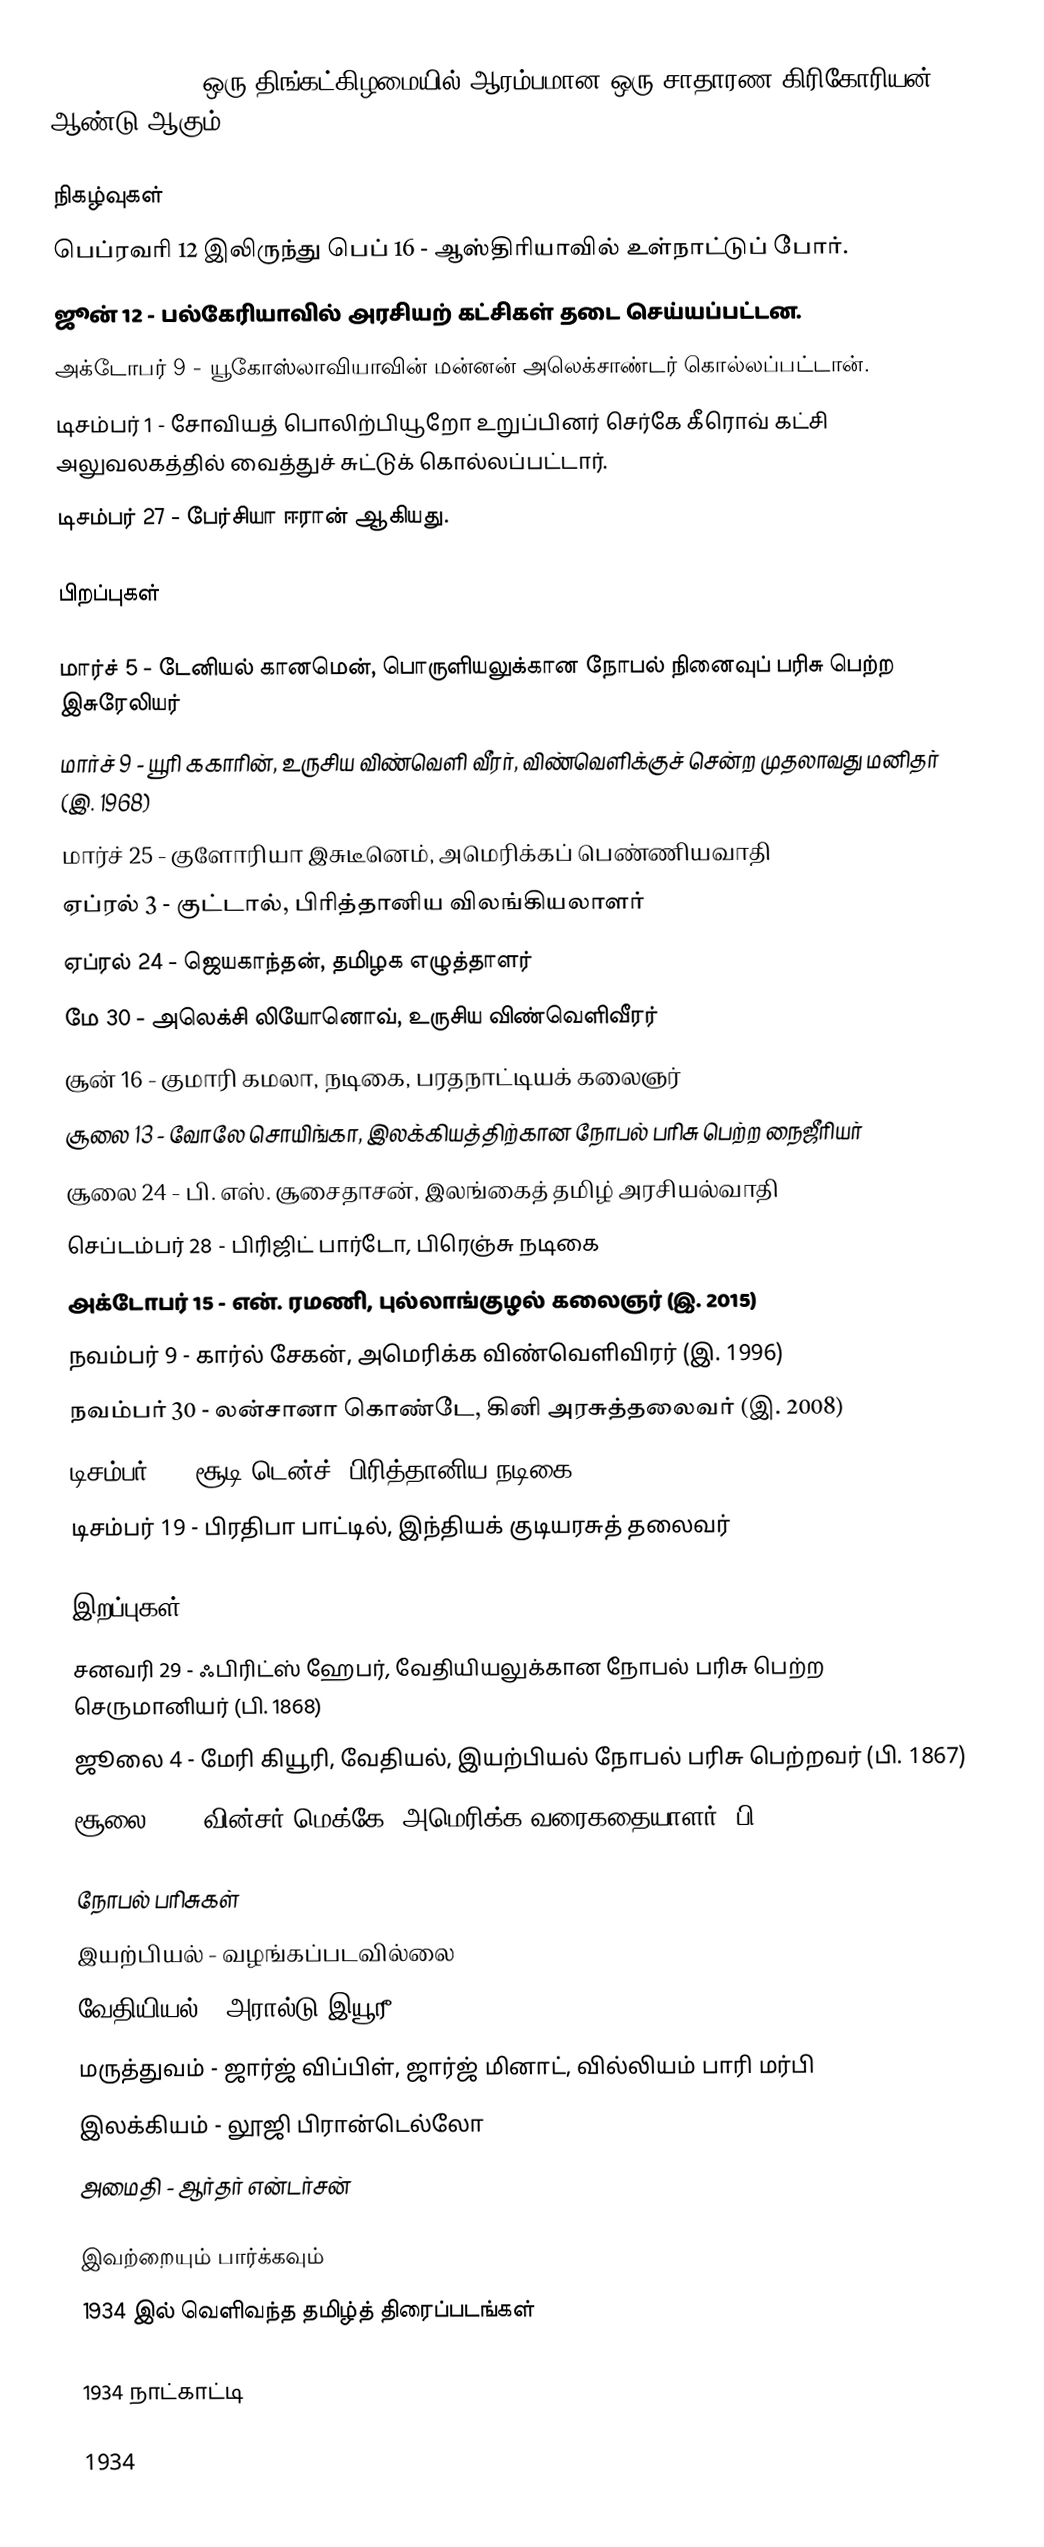
1934  (MCMXXXIV) ஒரு திங்கட்கிழமையில் ஆரம்பமான ஒரு சாதாரண கிரிகோரியன் ஆண்டு ஆகும்.

நிகழ்வுகள்
 பெப்ரவரி 12 இலிருந்து பெப் 16 - ஆஸ்திரியாவில் உள்நாட்டுப் போர்.
 ஜூன் 12 - பல்கேரியாவில் அரசியற் கட்சிகள் தடை செய்யப்பட்டன.
 அக்டோபர் 9 - யூகோஸ்லாவியாவின் மன்னன் அலெக்சாண்டர் கொல்லப்பட்டான்.
 டிசம்பர் 1 - சோவியத் பொலிற்பியூறோ உறுப்பினர் செர்கே கீரொவ் கட்சி அலுவலகத்தில் வைத்துச் சுட்டுக் கொல்லப்பட்டார்.
 டிசம்பர் 27 - பேர்சியா ஈரான் ஆகியது.

பிறப்புகள்

 மார்ச் 5 - டேனியல் கானமென், பொருளியலுக்கான நோபல் நினைவுப் பரிசு பெற்ற இசுரேலியர்
 மார்ச் 9 - யூரி ககாரின், உருசிய விண்வெளி வீரர், விண்வெளிக்குச் சென்ற முதலாவது மனிதர் (இ. 1968)
 மார்ச் 25 - குளோரியா இசுடீனெம், அமெரிக்கப் பெண்ணியவாதி
 ஏப்ரல் 3 - குட்டால், பிரித்தானிய விலங்கியலாளர்
 ஏப்ரல் 24 - ஜெயகாந்தன், தமிழக எழுத்தாளர்
 மே 30 - அலெக்சி லியோனொவ், உருசிய விண்வெளிவீரர்
 சூன் 16 - குமாரி கமலா, நடிகை, பரதநாட்டியக் கலைஞர்
 சூலை 13 - வோலே சொயிங்கா, இலக்கியத்திற்கான நோபல் பரிசு பெற்ற நைஜீரியர்
 சூலை 24 - பி. எஸ். சூசைதாசன், இலங்கைத் தமிழ் அரசியல்வாதி
 செப்டம்பர் 28 - பிரிஜிட் பார்டோ, பிரெஞ்சு நடிகை
 அக்டோபர் 15 - என். ரமணி, புல்லாங்குழல் கலைஞர் (இ. 2015)
 நவம்பர் 9 - கார்ல் சேகன், அமெரிக்க விண்வெளிவிரர் (இ. 1996)
 நவம்பர் 30 - லன்சானா கொண்டே, கினி அரசுத்தலைவர் (இ. 2008)
 டிசம்பர் 9 - சூடி டென்ச், பிரித்தானிய நடிகை
 டிசம்பர் 19 - பிரதிபா பாட்டில், இந்தியக் குடியரசுத் தலைவர்

இறப்புகள்
 சனவரி 29 - ஃபிரிட்ஸ் ஹேபர், வேதியியலுக்கான நோபல் பரிசு பெற்ற செருமானியர் (பி. 1868)
 ஜூலை 4 - மேரி கியூரி, வேதியல், இயற்பியல் நோபல் பரிசு பெற்றவர் (பி. 1867)
 சூலை 26 – வின்சர் மெக்கே, அமெரிக்க வரைகதையாளர் (பி. 1871)

நோபல் பரிசுகள்
 இயற்பியல் - வழங்கப்படவில்லை
 வேதியியல் - அரால்டு இயூரீ
 மருத்துவம் - ஜார்ஜ் விப்பிள், ஜார்ஜ் மினாட், வில்லியம் பாரி மர்பி
 இலக்கியம் - லூஜி பிரான்டெல்லோ
 அமைதி - ஆர்தர் என்டர்சன்

இவற்றையும் பார்க்கவும்
 1934 இல் வெளிவந்த தமிழ்த் திரைப்படங்கள்

1934 நாட்காட்டி

1934